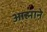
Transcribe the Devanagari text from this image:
आह्माने